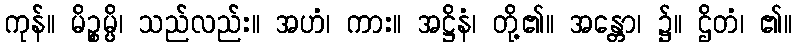
ကုန်။ မိဉ္စမ္ပိ၊ သည်လည်း။ အဟံ၊ ကား။ အဋ္ဌိနံ၊ တို့၏။ အန္တော၊ ၌။ ဌိတံ၊ ၏။